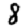
Digit: 8